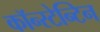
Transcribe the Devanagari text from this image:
कॉन्स्टेन्टिन